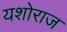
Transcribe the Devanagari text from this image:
यशोराज